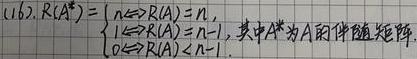
$(1) 62. R(A^{*})=\begin{cases}n\Leftrightarrow R(A)=n,\\1\Leftrightarrow R(A)=n - 1,\\0\Leftrightarrow R(A)\lt n - 1,\end{cases}其中A^{*}为A的伴随矩阵.$